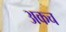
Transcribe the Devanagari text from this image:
अकच